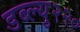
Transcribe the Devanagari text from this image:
डब्ल्यु२२०